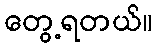
တွေ့ရတယ်။